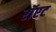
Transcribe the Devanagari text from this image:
रॉएट